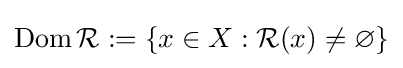
\operatorname {Dom} {\mathcal {R}}:=\{x\in X:{\mathcal {R}}(x)\neq \varnothing \}